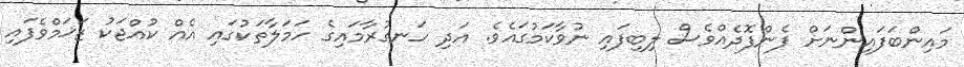
މައިންބަފައިންނަށް ފެންފޮދެއްވެސް ލިބިފައި ނުވާކަމުގައެވެ. އަދި ހަނގުރާމައިގެ ހަމަލާތަކުގައި އެއް ކުއްޖަކު ޒަޚަމްވެފައި